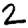
Digit: 2